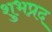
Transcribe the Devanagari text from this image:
शुभप्रद